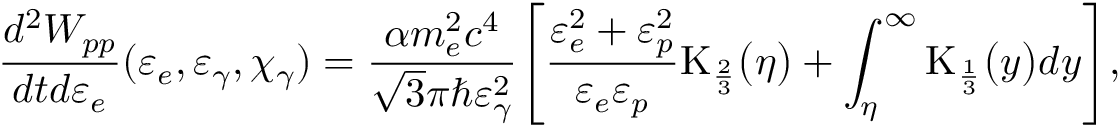
\frac { d ^ { 2 } W _ { p p } } { d t d \varepsilon _ { e } } ( \varepsilon _ { e } , \varepsilon _ { \gamma } , \chi _ { \gamma } ) = \frac { \alpha m _ { e } ^ { 2 } c ^ { 4 } } { \sqrt { 3 } \pi \hbar \varepsilon _ { \gamma } ^ { 2 } } \Biggl [ \frac { \varepsilon _ { e } ^ { 2 } + \varepsilon _ { p } ^ { 2 } } { \varepsilon _ { e } \varepsilon _ { p } } \mathrm { K } _ { \frac { 2 } { 3 } } \bigl ( \eta \bigr ) + \int _ { \eta } ^ { \infty } \mathrm { K } _ { \frac { 1 } { 3 } } \bigl ( y \bigr ) d y \Biggr ] ,